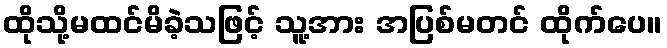
ထိုသို့မထင်မိခဲ့သဖြင့် သူ့အား အပြစ်မတင် ထိုက်ပေ။